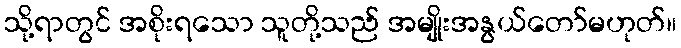
သို့ရာတွင် အစိုးရသော သူတို့သည် အမျိုးအနွယ်တော်မဟုတ်။